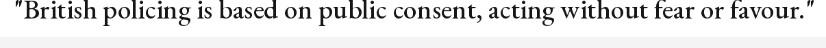
"British policing is based on public consent, acting without fear or favour."